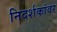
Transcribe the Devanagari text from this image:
निदर्शकांवर